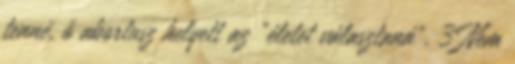
tenné, ő abortusz helyett az "életet választaná". 3 Nem